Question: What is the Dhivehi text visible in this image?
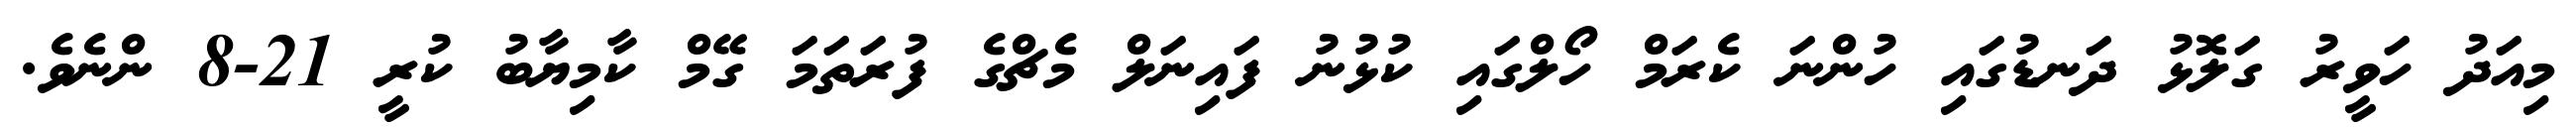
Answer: މިއަދު ހަވީރު ގަލޮޅު ދަނޑުގައި ހުންނަ ކެރަމް ހޯލްގައި ކުޅުނު ފައިނަލް މެޗްގެ ފުރަތަމަ ގޭމް ކާމިޔާބު ކުރީ 21-8 ންނެވެ.